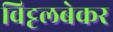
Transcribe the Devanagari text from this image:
विट्टलबेकर